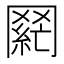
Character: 𮊌